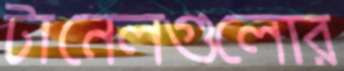
টানেলগুলোর